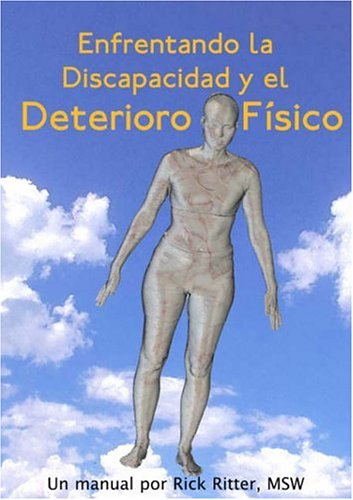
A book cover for Enfrentando La Discapacidad y El Deterioro FÃ­sico: Un Manual (Spanish Edition); Rick Ritter; Travel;